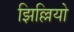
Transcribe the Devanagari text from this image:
झिल्लियो